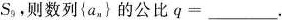
S_{9},则数列\left\{ a_{n}\right\}的公比$$q=___$$.